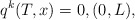
\begin{align*}q^{k}( T,x) =0, (0,L), \end{align*}